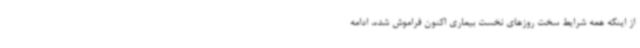
از اینکه همه شرایط سخت روزهای نخست بیماری اکنون فراموش شده، ادامه